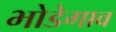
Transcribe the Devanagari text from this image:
भोडेगाव